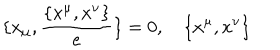
\{ x _ { \mu } , \frac { \{ x ^ { \mu } , x ^ { \nu } \} } { e } \} = 0 , \quad { \{ x ^ { \mu } , x ^ { \nu } \} }